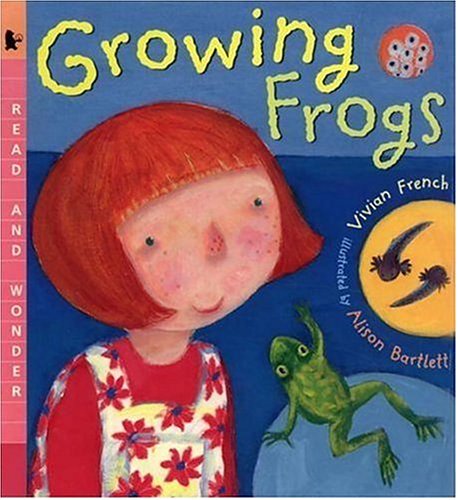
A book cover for Growing Frogs: Read and Wonder; Vivian French; Children's Books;